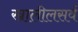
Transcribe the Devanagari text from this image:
खालीलसर्व